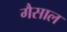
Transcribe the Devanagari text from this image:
गैसाल